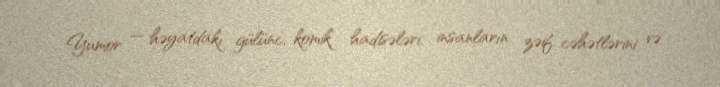
Yumor — həyatdakı gülünc, komik hadisələri, insanların zəif cəhətlərini və